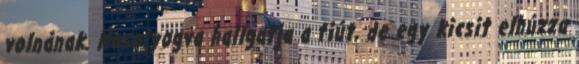
volnának. Mosolyogva hallgatja a fiút, de egy kicsit elhúzza